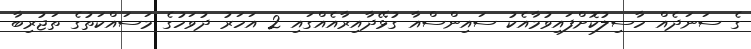
ގެ ސަނަދެއް ހާސިލުކޮށްފައިވުމާއެކު ސައިންސްއާ ގުޅޭދާއިރާއެއްގައި 2 އަހަރު ދުވަހުގެ މަސައްކަތުގެ ތަޖުރިބާ